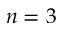
n = 3